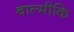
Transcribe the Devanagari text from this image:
बाल्‍मीकि